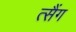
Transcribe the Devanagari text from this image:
त्सैंग